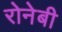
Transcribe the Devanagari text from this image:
रोनेबी